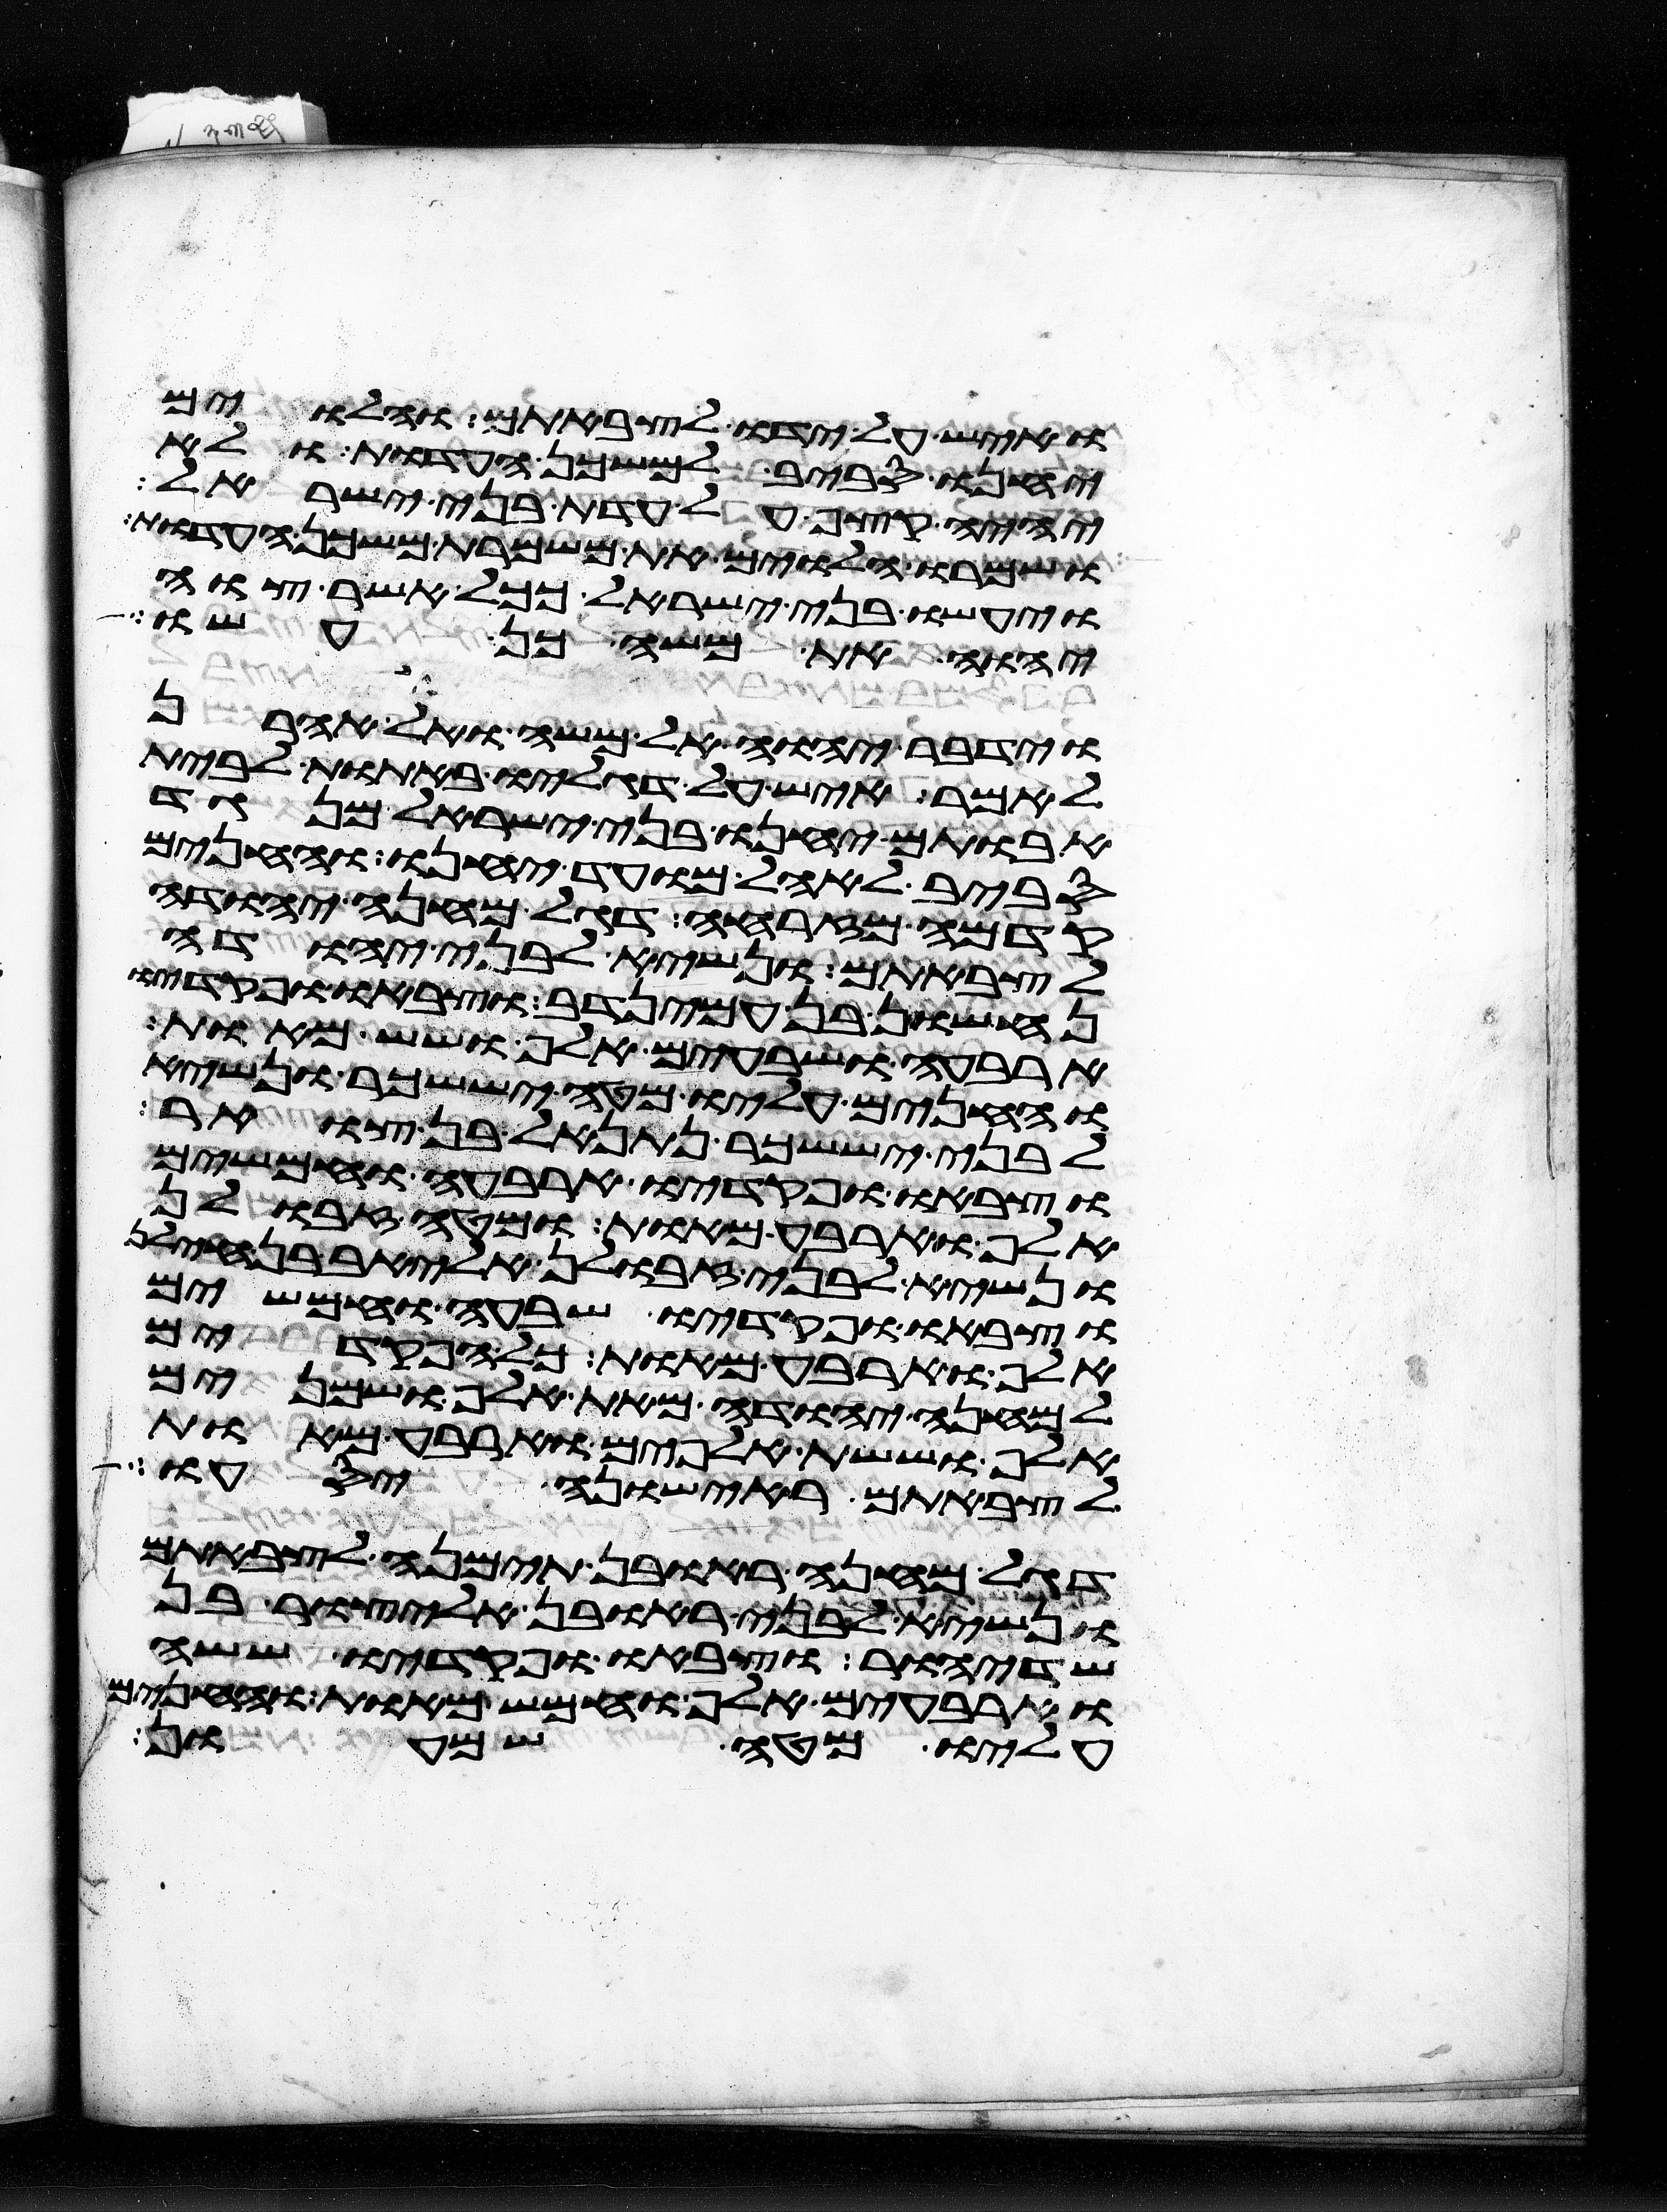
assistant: ואיש על ידו לצבאתם והלוים
יחנו סביב למשכן העדות ולא
יהיה קצף על עדת בני ישראל
ושמרו הלוים את משמרת משכן העדות
ויעשו בני ישראל ככל אשר צוה
יהוה את משה כן עשו
וידבר יהוה אל משה ואל אהרן
לאמר איש על דגליו באתות לבית
אבותם יחנו בני ישראל מנגד
סביב לאהל מועד יחנו והחנים
קדמה מזרחה דגל מחנה יהודה
לצבאתם ונשיא לבני יהודה
נחשון בן עמינדב וצבאו ופקדיו
ארבעה ושבעים אלף ושש מאות
והחנים עליו מטה יששכר ונשיא
לבני יששכר נתנאל בן צוער
וצבאו ופקדיו ארבעה וחמשים
אלף וארבע מאות ומטה זבולן
ונשיא לבני זבולן אליאב בן חילן
וצבאו ופקדיו שבעה וחמשים
אלף וארבע מאות כל הפקדים
למחנה יהודה מאת אלף ושמנים
אלף וששת אלפים וארבע מאות
לצבאתם ראישונה יסעו
דגל מחנה ראובן תימנה לצבאתם
ונשיא לבני ראובן אליצור בן
שדיאור וצבאו ופקדיו ששה
וארבעים אלף וחמש מאות והחנים
עליו מטה שמעון